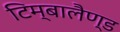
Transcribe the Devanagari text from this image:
टिम्बालैण्ड